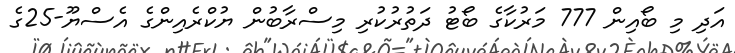
އަދި މި ބޯއިން 777 މަރުކާގެ ބޯޓު ދަތުރުކުރި މިސްރާބުން ޔުކްރެއިންގެ އެސްޔޫ-25ގެ